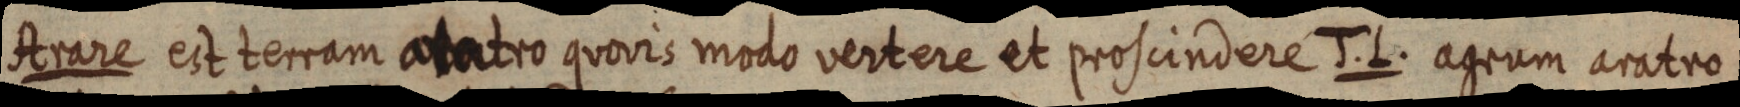
Arare est terram aratro quovis modo vertere et proscindere J. L. agrum aratro